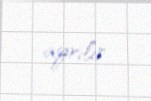
ayrılır.